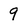
Character: 9